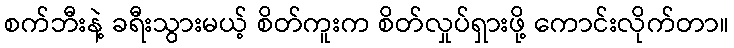
စက်ဘီးနဲ့ ခရီးသွားမယ့် စိတ်ကူးက စိတ်လှုပ်ရှားဖို့ ကောင်းလိုက်တာ။